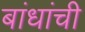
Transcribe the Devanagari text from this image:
बांधांची